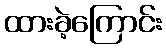
ထားခဲ့ကြောင်း